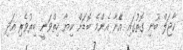
ކާޖަލް ބުނި ގޮތުގައި އެޭނާ އެންމެ ބޮޑަށް ކިޔާ ހިތްވަނީ ބިރުވެރި އަދި